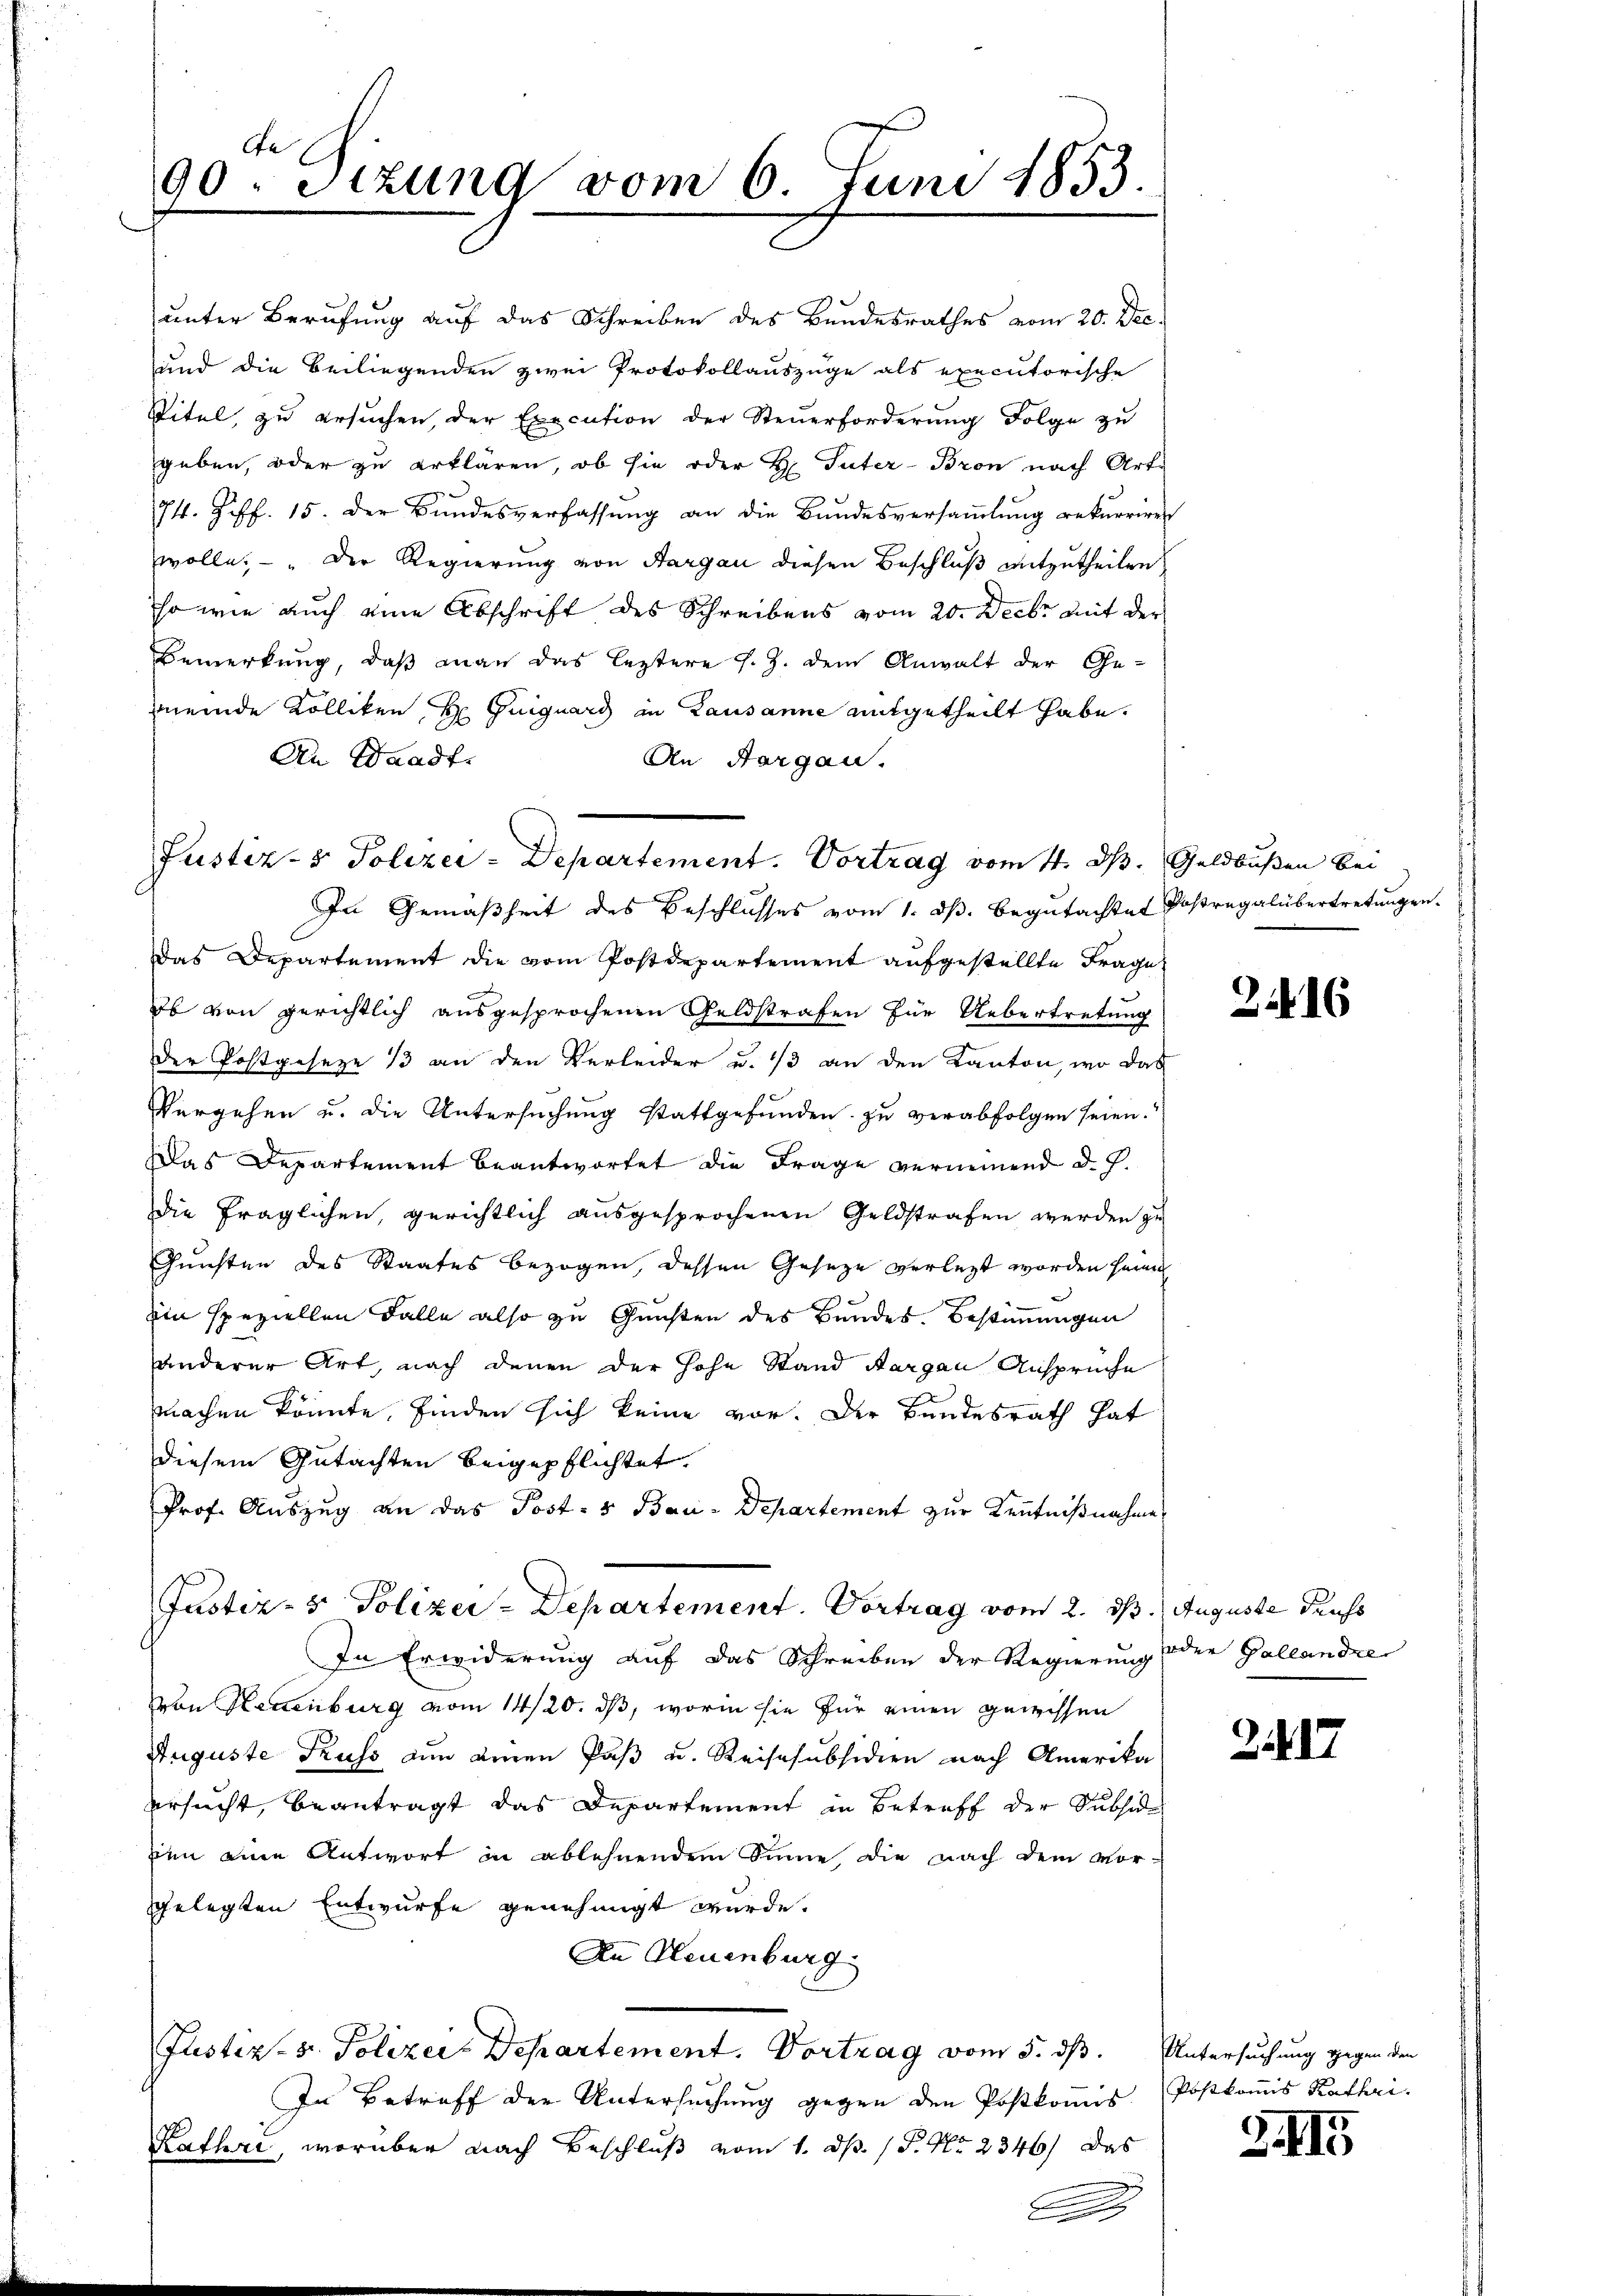
90. Setzung vom 6. Juni 1853.

unter Berufung auf das Schreiben des Bundesrathes vom 20. Dec.
und die Beiliegenden zwei Protokollauszüge als executorische
Stitel, zu ersuchen, der Execution der Steuerforderung Folge zu
geben, oder zu erklären, ob sie oder H. Tuter-Bron nach Art.
74. Ziff. 15. der Bundesverfassung an die Bundesversammlung rekurriren
wolle. — Der Regierung von Aargau diesen Beschluß mitzutheilen
so wie auch eine Abschrift des Schreibens vom 20. Decbr mit der
Bemerkung, daß man das leztere s. Z. dem Anwalt der Ge-
mmeinde Kolliken H. Guiguard in Lausanne mitgetheilt habe.
An Waadt.
An Aargau.
In Gemäßheit des Beschlusses vom 1. dβ. Begŭtachtet Dosregalübertretungen.
Das Departement die vom Postdepartement aufgestellte Frage
ob von gerichtlich ausgesprochenen Geldstrafen für Uebertretung
der Postgeseze 13 an den Verleider u. 13 an den Kanton, wo das
Vergehen u. die Untersuchung stattgefunden zu verabfolgen seien.
Das Departement beantwortet die Frage vermeinend d. J.
die fraglichen, gerichtlich ausgesprochenen Geldstrafen werden zu
Gunsten des Staates bezogen, dessen Geseze verlegt worden sein
Ein speziellen Falle also zu Gunsten des Bundes. Bestimmungen
anderer Art, nach denen der Hohe Stand Aargau Ansprüche
machen könnte, finden sich keine vor. Der Bundesrath hat
diesem Gutachten beigepflichtet.
Prof. Auszug an das Post- & Bau-Departement zur Kenntnißnahmes
Justiz- & Polizer-Departement. Vortrag vom 2. ds. Auguste dens
In Erwiderung auf das Schreiben der Regierung oder Gallandre
von Neuenburg vom 14/20. ds, worin sie für einen gewissen
Auguste Gruss nun einen Paß u. Reisesubsidien nach Amerika
ersucht, beantragt das Departement in Betreff der Subsid
zen eine Antwort in ablehnendem Sinne die nach dem Vor-
gelegten Entwurfe genehmigt wurde.
An Neuenburg
Justiz-S. Polizei Departement. Vortrag vom 5. ds. Untersuchung gegen den
In Betreff der Untersuchung gegen den Postkommis Postkomis Kathri
Kathri, worüber nach Beschluß vom 1. d. 1 P. Nr. 2346) Das
2

Justiz- & Polizei-Departement. Vortrag vom 4. d. Geldbußen bei

2416

2. d. 17

GII5